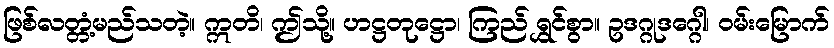
ဖြစ်လတ္တံ့မည်သတဲ့။ ဣတိ၊ ဤသို့။ ဟဋ္ဌတုဋ္ဌော၊ ကြည် ရွှင်စွာ။ ဥဒဂ္ဂုဒဂ္ဂေါ၊ ဝမ်းမြောက်